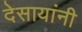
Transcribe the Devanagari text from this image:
देसायांनी